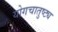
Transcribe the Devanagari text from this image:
योगचातुष्ट्य